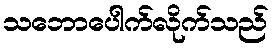
သဘောပေါက်လိုက်သည်